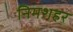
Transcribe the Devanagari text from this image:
निमशहर